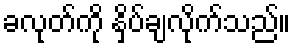
ခလုတ်ကို နှိပ်ချလိုက်သည်။